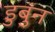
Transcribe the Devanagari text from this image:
डुबुंन